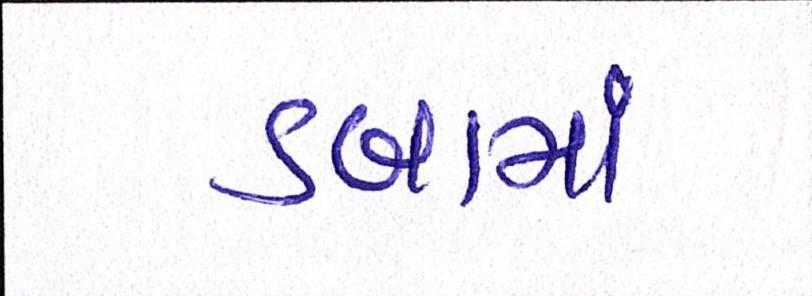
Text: ડબામાં